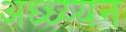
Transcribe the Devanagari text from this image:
अध्ध्य्यन